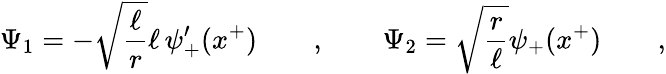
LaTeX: \Psi_{1}=-\sqrt{\frac\ell r}\ell\, \psi_{+}^{\prime}(x^{+})\qquad,\qquad\Psi_{2}=\sqrt{\frac r\ell}\psi_{+}(x^{+})\qquad,